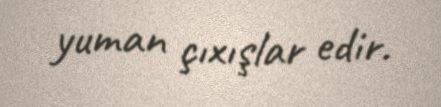
yuman çıxışlar edir.